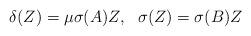
LaTeX: \begin{align*}\delta(Z)=\mu\sigma(A)Z,\ \ \sigma(Z)=\sigma(B)Z\end{align*}